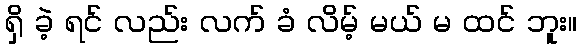
ရှိ ခဲ့ ရင် လည်း လက် ခံ လိမ့် မယ် မ ထင် ဘူး။